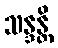
သန္ဒန္တိ